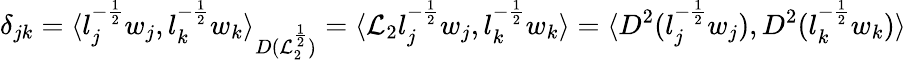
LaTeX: \delta_{jk}=\langle l_{j}^{-\frac{1}{2}}w_{j},l_{k}^{-\frac{1}{2}}w_{k}\rangle_{D(\mathcal{L}_{2}^{\frac{1}{2}})}=\langle\mathcal{L}_{2}l_{j}^{-\frac{1}{2}}w_{j},l_{k}^{-\frac{1}{2}}w_{k}\rangle=\langle D^{2}(l_{j}^{-\frac{1}{2}}w_{j}),D^{2}(l_{k}^{-\frac{1}{2}}w_{k})\rangle